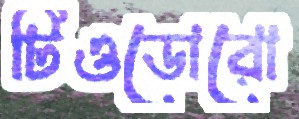
টিওডোরো